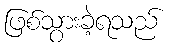
ဖြစ်သွားခဲ့ရသည်